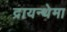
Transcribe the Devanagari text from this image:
द्रायन्थेमा